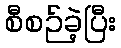
စီစဉ်ခဲ့ပြီး